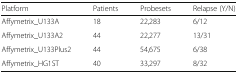
<table><thead><tr><td><b>Platform</b></td><td><b>Patients</b></td><td><b>Probesets</b></td><td><b>Relapse (Y/N)</b></td></tr></thead><tbody><tr><td>Affymetrix_U133A</td><td>18</td><td>22,283</td><td>6/12</td></tr><tr><td>Affymetrix_U133A2</td><td>44</td><td>22,277</td><td>13/31</td></tr><tr><td>Affymetrix_U133Plus2</td><td>44</td><td>54,675</td><td>6/38</td></tr><tr><td>Affymetrix_HG1ST</td><td>40</td><td>33,297</td><td>8/32</td></tr></tbody></table>